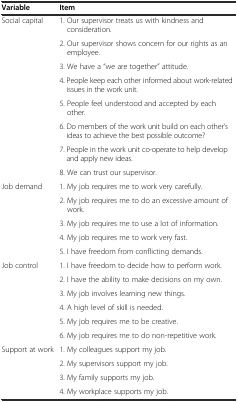
| Variable | Item |
 | --- | --- |
 | Social capital | 1. Our supervisor treats us with kindness and consideration. |
 |  | 2. Our supervisor shows concern for our rights as an employee. |
 |  | 3. We have a “we are together” attitude. |
 |  | 4. People keep each other informed about work-related issues in the work unit. |
 |  | 5. People feel understood and accepted by each other. |
 |  | 6. Do members of the work unit build on each other’s ideas to achieve the best possible outcome? |
 |  | 7. People in the work unit co-operate to help develop and apply new ideas. |
 |  | 8. We can trust our supervisor. |
 | Job demand | 1. My job requires me to work very carefully. |
 |  | 2. My job requires me to do an excessive amount of work. |
 |  | 3. My job requires me to use a lot of information. |
 |  | 4. My job requires me to work very fast. |
 |  | 5. I have freedom from conflicting demands. |
 | Job control | 1. I have freedom to decide how to perform work. |
 |  | 2. I have the ability to make decisions on my own. |
 |  | 3. My job involves learning new things. |
 |  | 4. A high level of skill is needed. |
 |  | 5. My job requires me to be creative. |
 |  | 6. My job requires me to do non-repetitive work. |
 | Support at work | 1. My colleagues support my job. |
 |  | 2. My supervisors support my job. |
 |  | 3. My family supports my job. |
 |  | 4. My workplace supports my job. |